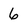
Character: 6